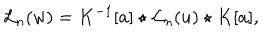
LaTeX: { { \mathcal L } _ { n } } ( w ) = K ^ { - 1 } [ a ] \star { { \mathcal L } _ { n } } ( u ) \star K [ a ] ,